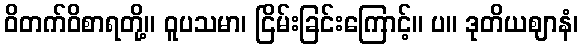
ဝိတက်ဝိစာရတို့။ ဝူပသမာ၊ ငြိမ်းခြင်းကြောင့်။ ပ။ ဒုတိယဈာနံ၊